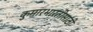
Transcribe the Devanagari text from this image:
कुमारभारतीसाठी